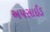
અપસાઈડ